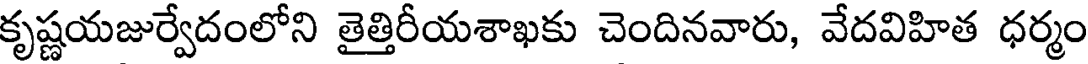
కృష్ణయజుర్వేదంలోని తైత్తిరీయశాఖకు చెందినవారు, వేదవిహిత ధర్మం